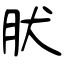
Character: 肰